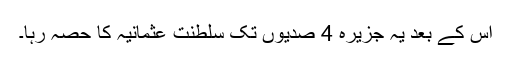
اس کے بعد یہ جزیرہ 4 صدیوں تک سلطنت عثمانیہ کا حصہ رہا۔